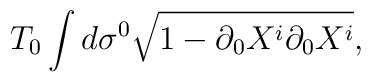
T_0 \int d \sigma^0 \sqrt{ 1 - \partial_0 X^i \partial_0 X^i},